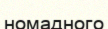
номадного